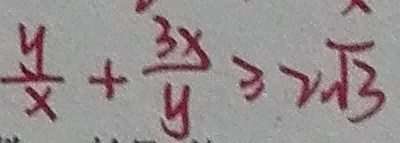
\frac { y } { x } + \frac { 3 x } { y } \geq 2 \sqrt { 3 }